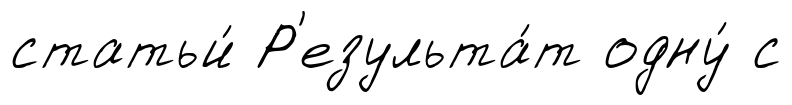
статьи́ Р'езульта́т одну́ с